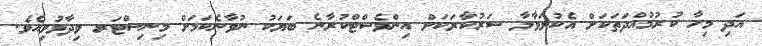
އަދި މިހާ ކުރުމުއްދަތަކަށް އެކުލަވާލާ ސަރުކާރަކަށް އިންވެސްޓްކުރާނެ ބަޔަކު ނުވާނެކަމަށް މިނިސްޓަރ ވިދާޅުވިއެވެ.